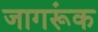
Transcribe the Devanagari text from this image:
जागरूंक